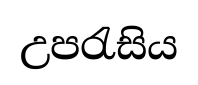
උපරැසිය